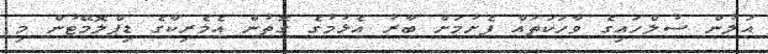
އަލުން ސުލްހައިގެ ވާހަކަތައް ފެށުމަށް ބާރު އެޅުމުގެ ގޮތުން އެމެރިކާގެ ޑިޕްލޮމޭޓުން މި